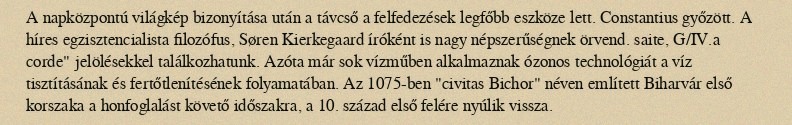
A napközpontú világkép bizonyítása után a távcső a felfedezések legfőbb eszköze lett. Constantius győzött. A híres egzisztencialista filozófus, Søren Kierkegaard íróként is nagy népszerűségnek örvend. saite, G/IV.a corde" jelölésekkel találkozhatunk. Azóta már sok vízműben alkalmaznak ózonos technológiát a víz tisztításának és fertőtlenítésének folyamatában. Az 1075-ben "civitas Bichor" néven említett Biharvár első korszaka a honfoglalást követő időszakra, a 10. század első felére nyúlik vissza.